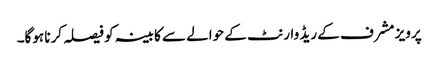
پرویز مشرف کے ریڈ وارنٹ کے حوالے سے کابینہ کو فیصلہ کرنا ہوگا۔